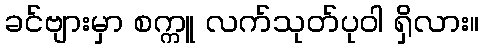
ခင်ဗျားမှာ စက္ကူ လက်သုတ်ပုဝါ ရှိလား။